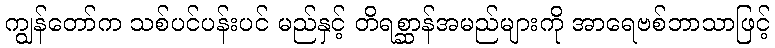
ကျွန်တော်က သစ်ပင်ပန်းပင် မည်နှင့် တိရစ္ဆာန်အမည်များကို အာရေဗစ်ဘာသာဖြင့်